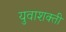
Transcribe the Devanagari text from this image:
युवाशक्ती